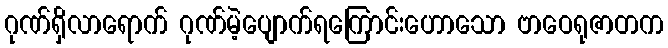
ဂုဏ်ရှိလာရောက် ဂုဏ်မဲ့ပျောက်ရကြောင်းဟောသော ဗာဝေရုဇာတက